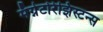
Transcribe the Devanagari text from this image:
मॅग्नेटोरेझिस्टन्स